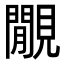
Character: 覵